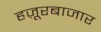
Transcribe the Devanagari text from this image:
हज़ूरबाजार